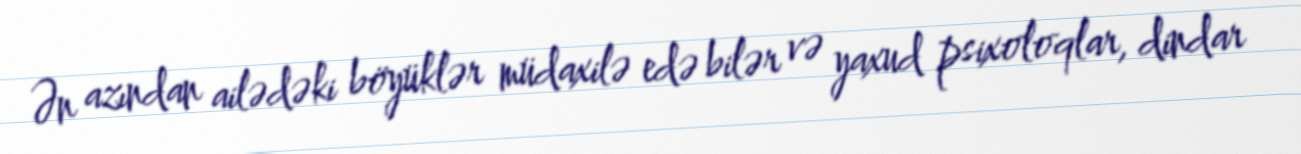
Ən azından ailədəki böyüklər müdaxilə edə bilər və yaxud psixoloqlar, dindar